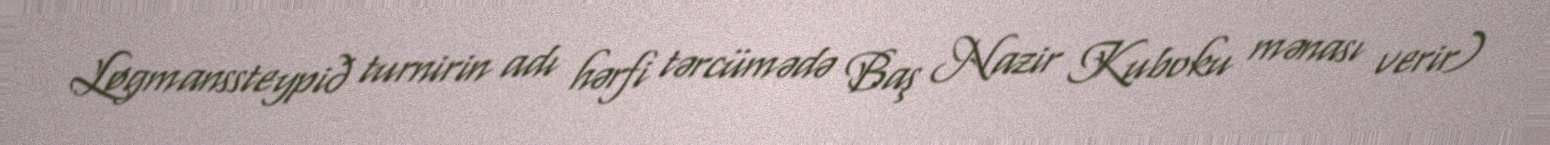
Løgmanssteypið turnirin adı hərfi tərcümədə Baş Nazir Kuboku mənası verir)